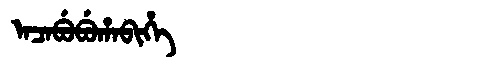
Manchu: ᠠᠴᠠᠪᡠᠪᡠᡥᠠᠪᡳᡥᡝ
Romanization: ACABUBUHABIHE